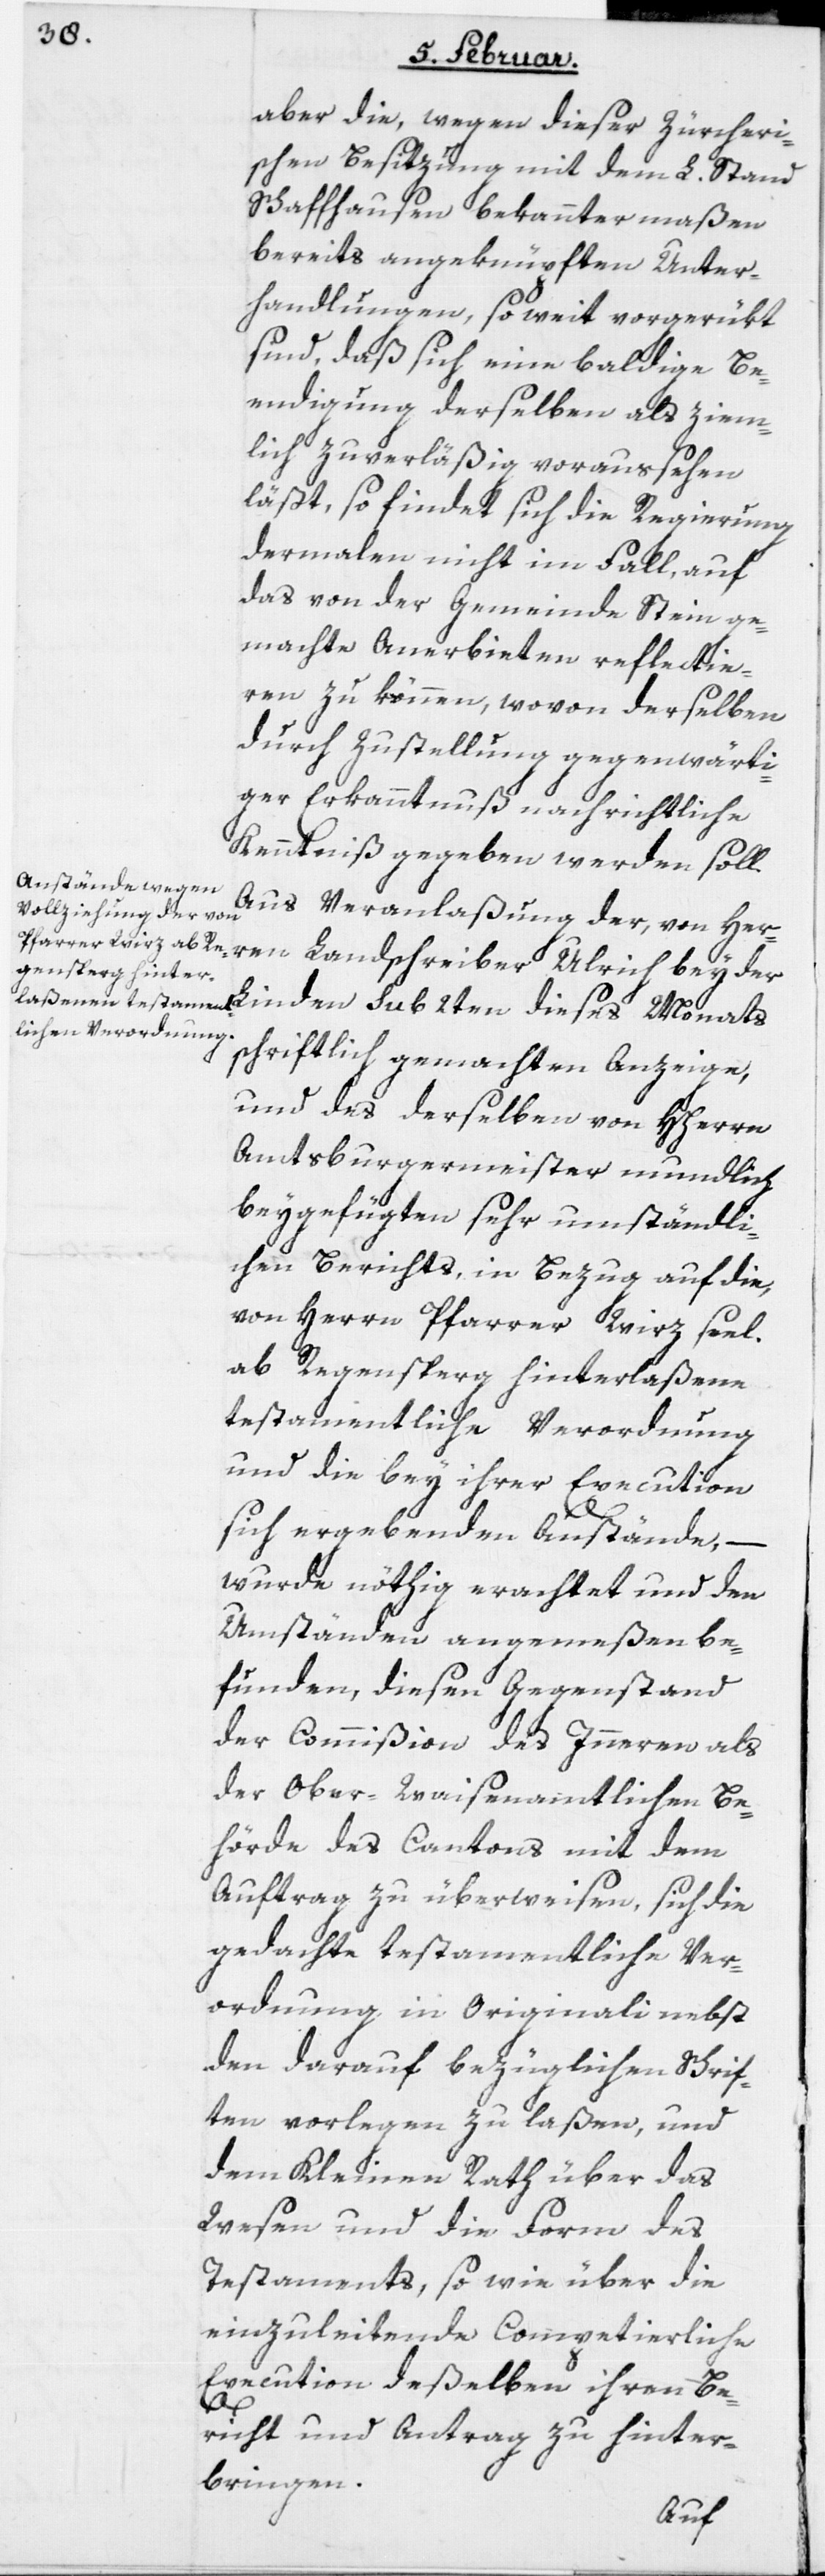
aber die, wegen dieser Zürcheri¬
schen Besitzung mit dem L. Stand
Schaffhausen bekanntermaßen
bereits angeknüpften Unter¬
handlungen, so weit vorgerükt
sind, daß sich eine baldige Be¬
endigung derselben als ziem¬
lich zuverläßig voraussehen
läßt, so findet sich die Regierung
dermalen nicht im Fall, auf
das von der Gemeinde Stein ge¬
machte Anerbieten reflectie¬
ren zu können, wovon derselben
durch Zustellung gegenwärti¬
ger Erkanntnuß nachrichtliche
Kenntniß gegeben werden soll.
Aus Veranlaßung der, von Her¬
ren Landschreiber Ulrich bey der
schriftlich gemachten Anzeige,
und des derselben von Hherrn
Amtsburgermeister mundlich
beygefügten sehr umständli¬
chen Berichts, in Bezug auf die,
von Herrn Pfarrer Wirz seel.
ab Regensperg hinterlaßene
testamentliche Verordnung
und die bey ihrer Execution
sich ergebenden Anstände, –
wurde nöthig erachtet und den
Umständen angemeßen be¬
funden, diesen Gegenstand
der Commißion des Inneren als
der Ober-Waisenamtlichen Be¬
hörde des Cantons mit dem
Auftrag zu überweisen, sich die
gedachte testamentliche Ver¬
ordnung in Originali nebst
den darauf bezüglichen Schrif¬
ten vorlegen zu laßen, und
dem Kleinen Rath über das
Wesen und die Form des
Testaments, so wie über die
einzuleitende Competierliche
Execution deßelben ihren Be¬
richt und Antrag zu hinter¬
bringen.